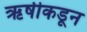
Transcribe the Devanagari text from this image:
ऋषीकडून